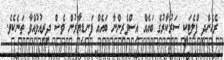
ރެހެންދި ފްލެޓަކީ ސަރުކާރުގެ ބައެއް އިސްވެރިންނާ ބައެއް ފަނޑިޔާރުން ވެސް ދިރިއުޅުއްވާ ތަނެކެވެ.